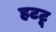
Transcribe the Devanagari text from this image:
हटटू